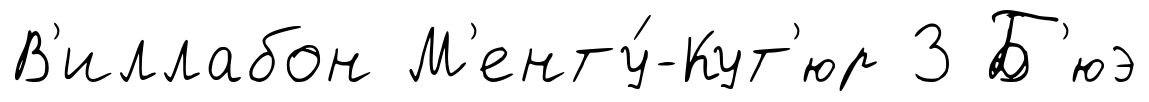
В'иллабон М'енту́-Кут'юр 3 Б'юэ